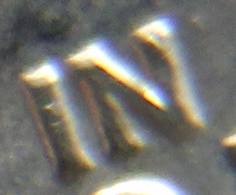
IN